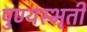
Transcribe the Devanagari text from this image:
पुण्यस्भृती